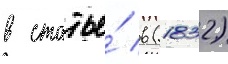
в статье́ в (1832)